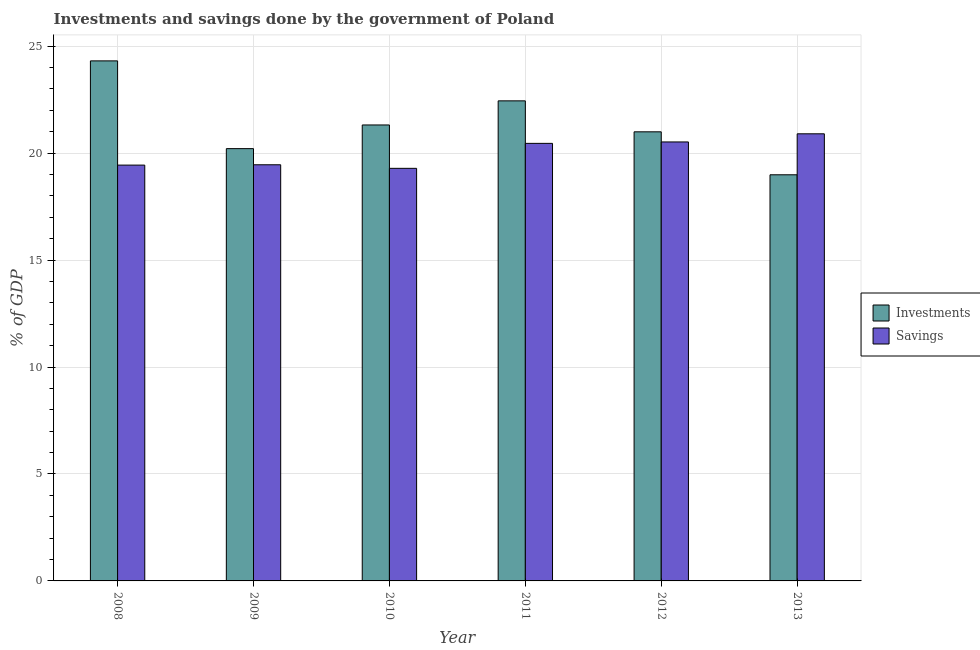
| Year | Investments | Savings |
 | --- | --- | --- |
 | 2008 | 24.3 | 19.4 |
 | 2009 | 20.2 | 19.5 |
 | 2010 | 21.3 | 19.3 |
 | 2011 | 22.4 | 20.5 |
 | 2012 | 21 | 20.5 |
 | 2013 | 19 | 20.9 |